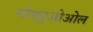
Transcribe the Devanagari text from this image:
मोड्युओओल